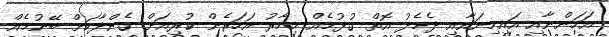
އަހަންނާއި އައިމިނައާއި ދެމެދު އޮތް ގުޅުމެއް މިހާރު އަހަރެން ކުރިއަށް ގެންދާކަށް ބޭނުމެއް